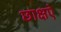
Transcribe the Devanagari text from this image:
छाक्षऐ